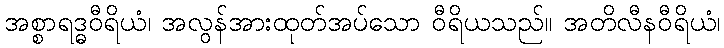
အစ္စာရဒ္ဓဝီရိယံ၊ အလွန်အားထုတ်အပ်သော ဝီရိယသည်။ အတိလီနဝီရိယံ၊